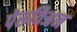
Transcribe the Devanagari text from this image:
पेरूविअन